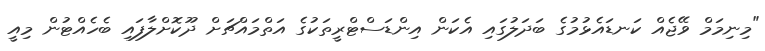
"މިނިމަމް ވޭޖެއް ކަނޑައެޅުމުގެ ބަދަލުގައި އެކަން އިންޑަސްޓްރީތަކުގެ އަތްމައްޗަށް ދޫކޮށްލާފައި ބެހެއްޓުން މިއީ